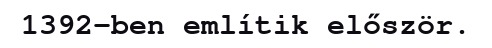
1392-ben említik először.